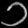
Digit: ၁